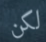
لكن